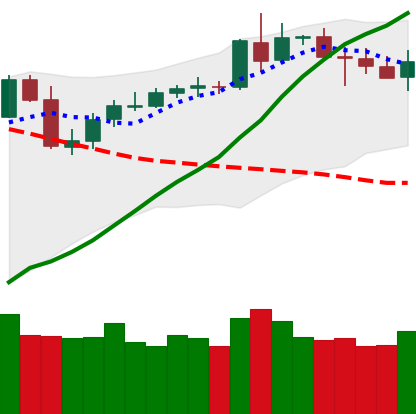
Ticker: BNB-USD
Chart end date: 2020-05-07
Forward return: -7.477%
Label: down_7plus